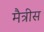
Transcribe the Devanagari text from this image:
मैत्रीस